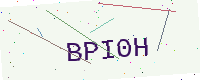
Text: BPI0H